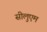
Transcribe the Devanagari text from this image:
सीलुएम